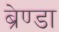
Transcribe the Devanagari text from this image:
ब्रेण्डा